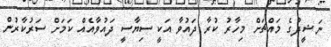
ނަޝީދުގެ މައްޗަށް މިހާރު ކުރާ ދައުވާ އަކީ ސިޔާސީ ދައުވާއެއް ކަމަށް ސަރުކާރުން